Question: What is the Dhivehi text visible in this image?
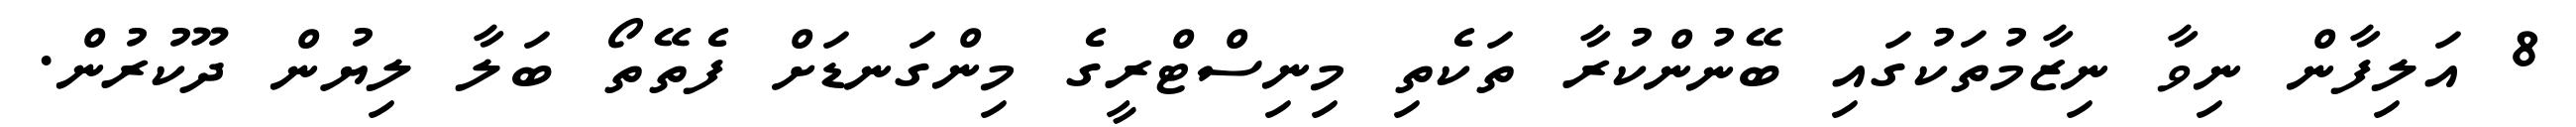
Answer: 8 އަލިފާން ނިވާ ނިޒާމުތަކުގައި ބޭނުންކުރާ ތަކެތި މިނިސްޓްރީގެ މިންގަނޑަށް ފެތޭތޯ ބަލާ ލިޔުން ދޫކުރުން.